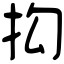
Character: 抅